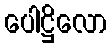
ပေါဋ္ဌိလော